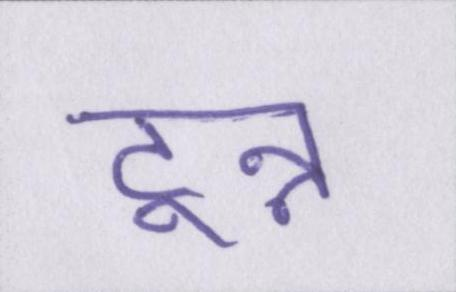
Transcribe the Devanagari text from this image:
टुन्न